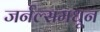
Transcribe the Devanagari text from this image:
जर्नल्समधून